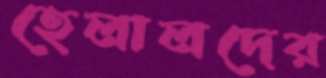
হেলালদের